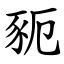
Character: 䝈